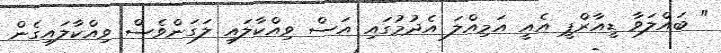
" ބައްލަވާ ޑީއާރްޕީ އެއީ އަމިއްލަ އެދުމުގައި އަސް ވިއްކާލައި ލަގަންވެސް ވިއްކާލައިގެން